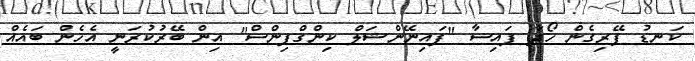
ކަނޑު ފޭރިގެން ހޯދާ ފައިސާ "ފައިނޭންޝަލް ކިންގްޕިންސް" އިން ބޭރުކުރަނީ އެހެން ބައެއް